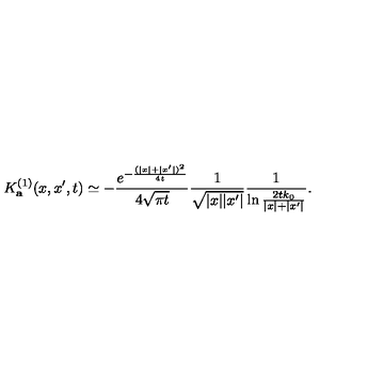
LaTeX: K _ { \bf a } ^ { ( 1 ) } ( x , x ^ { \prime } , t ) \simeq - { \frac { e ^ { - { \frac { ( | x | + | x ^ { \prime } | ) ^ { 2 } } { 4 t } } } } { 4 \sqrt { \pi t } } } { \frac { 1 } { \sqrt { | x | | x ^ { \prime } | } } } { \frac { 1 } { \ln { \frac { 2 t k _ { 0 } } { | x | + | x ^ { \prime } | } } } } .